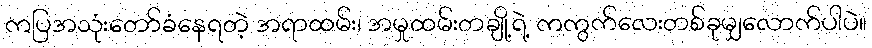
ကပြအသုံးတော်ခံနေရတဲ့ အရာထမ်း၊ အမှုထမ်းတချို့ရဲ့ ကကွက်လေးတစ်ခုမျှလောက်ပါပဲ။